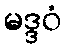
မဒ္ဒဝံ